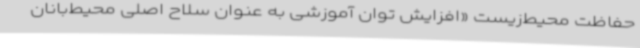
حفاظت محیط‌زیست «افزایش توان آموزشی به عنوان سلاح اصلی محیط‌بانان